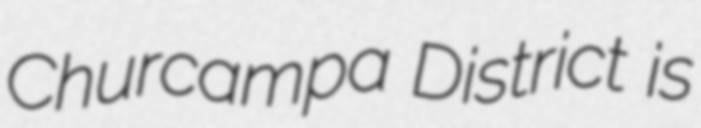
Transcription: Churcampa District is